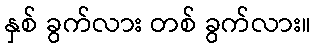
နှစ် ခွက်လား တစ် ခွက်လား။